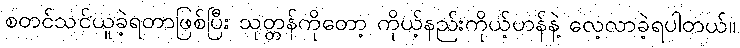
စတင်သင်ယူခဲ့ရတာဖြစ်ပြီး သုတ္တန်ကိုတော့ ကိုယ့်နည်းကိုယ့်ဟန်နဲ့ လေ့လာခဲ့ရပါတယ်။